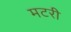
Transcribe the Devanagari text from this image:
मटरी